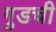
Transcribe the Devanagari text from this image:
गुडची